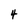
Character: 4